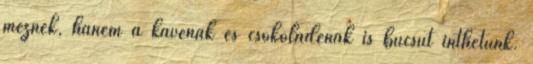
méznek, hanem a kávénak és csokoládénak is búcsút inthetünk.